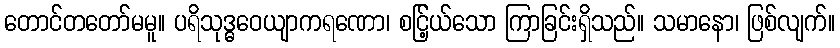
တောင်တတော်မမူ။ ပရိသုဒ္ဓဝေယျာကရဏော၊ စင်ြ့ယ်သော ကြာခြင်းရှိသည်။ သမာနော၊ ဖြစ်လျက်။